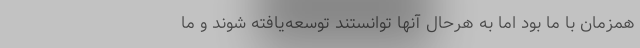
همزمان با ما بود اما به هرحال آنها توانستند توسعه‌یافته شوند و ما